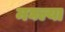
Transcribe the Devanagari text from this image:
मघल्या